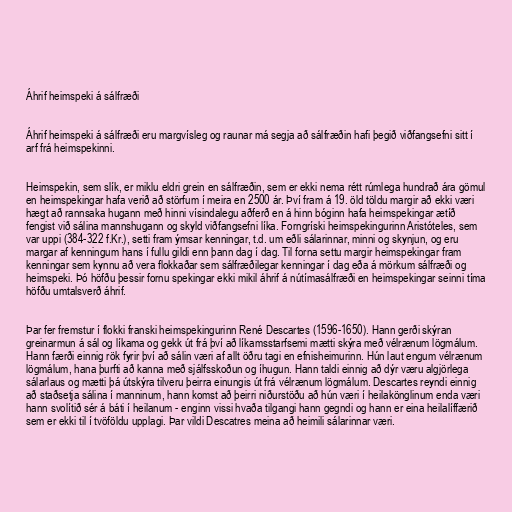
Áhrif heimspeki á sálfræði

Áhrif heimspeki á sálfræði eru margvísleg og raunar má segja að sálfræðin hafi þegið viðfangsefni sitt í
arf frá heimspekinni.

Heimspekin, sem slík, er miklu eldri grein en sálfræðin, sem er ekki nema rétt rúmlega hundrað ára gömul
en heimspekingar hafa verið að störfum í meira en 2500 ár. Því fram á 19. öld töldu margir að ekki væri
hægt að rannsaka hugann með hinni vísindalegu aðferð en á hinn bóginn hafa heimspekingar ætíð
fengist við sálina mannshugann og skyld viðfangsefni líka. Forngríski heimspekingurinn Aristóteles, sem
var uppi (384-322 f.Kr.), setti fram ýmsar kenningar, t.d. um eðli sálarinnar, minni og skynjun, og eru
margar af kenningum hans í fullu gildi enn þann dag í dag. Til forna settu margir heimspekingar fram
kenningar sem kynnu að vera flokkaðar sem sálfræðilegar kenningar í dag eða á mörkum sálfræði og
heimspeki. Þó höfðu þessir fornu spekingar ekki mikil áhrif á nútímasálfræði en heimspekingar seinni tíma
höfðu umtalsverð áhrif.

Þar fer fremstur í flokki franski heimspekingurinn René Descartes (1596-1650). Hann gerði skýran
greinarmun á sál og líkama og gekk út frá því að líkamsstarfsemi mætti skýra með vélrænum lögmálum.
Hann færði einnig rök fyrir því að sálin væri af allt öðru tagi en efnisheimurinn. Hún laut engum vélrænum
lögmálum, hana þurfti að kanna með sjálfsskoðun og íhugun. Hann taldi einnig að dýr væru algjörlega
sálarlaus og mætti þá útskýra tilveru þeirra einungis út frá vélrænum lögmálum. Descartes reyndi einnig
að staðsetja sálina í manninum, hann komst að þeirri niðurstöðu að hún væri í heilakönglinum enda væri
hann svolítið sér á báti í heilanum - enginn vissi hvaða tilgangi hann gegndi og hann er eina heilalíffærið
sem er ekki til í tvöföldu upplagi. Þar vildi Descatres meina að heimili sálarinnar væri.